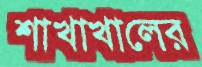
শাখাখালের